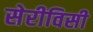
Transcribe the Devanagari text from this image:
सेरीविसी